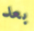
بعد